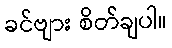
ခင်ဗျား စိတ်ချပါ။